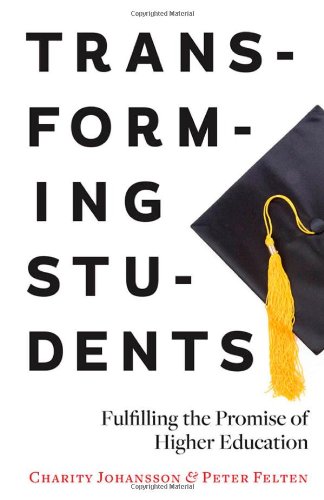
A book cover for Transforming Students: Fulfilling the Promise of Higher Education; Charity Johansson; Education & Teaching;